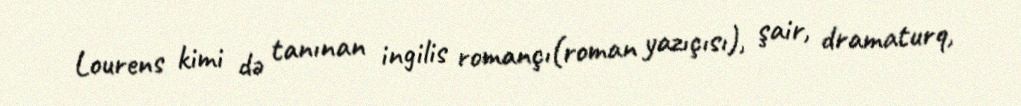
Lourens kimi də tanınan ingilis romançı(roman yazıçısı), şair, dramaturq,